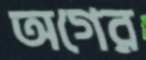
অগের